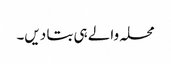
محلہ والے ہی بتا دیں۔